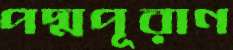
পদ্মপূরাণ